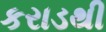
કરાડથી